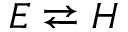
E \rightleftarrows H